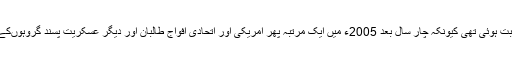
لیکن یہ فتح قلیل المیعاد ثابت ہوئی تھی کیونکہ چار سال بعد 2005ء میں ایک مرتبہ پھر امریکی اور اتحادی افواج طالبان اور دیگر عسکریت پسند گروہوںکے ساتھ برسرِ پیکار تھیں ۔